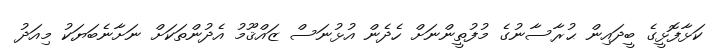
ކަޅާފޮޅީގެ ބީދައިން ޙުރާސާނުގެ މުފުތީންނަށް ހެދެން އުޅުނަސް ޒައްޤޫމު އެދުންތަކަށް ނަށާނެބަޔަކު މިއަދު